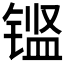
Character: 𮸖